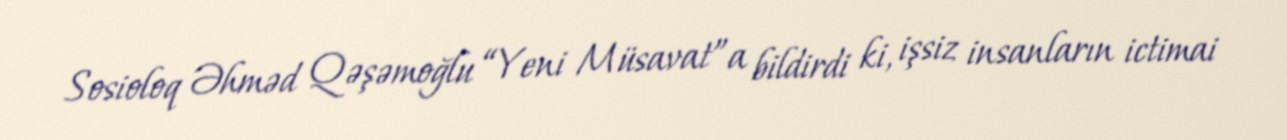
Sosioloq Əhməd Qəşəmoğlu “Yeni Müsavat”a bildirdi ki, işsiz insanların ictimai